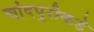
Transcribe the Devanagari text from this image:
चांदपुरीकडे